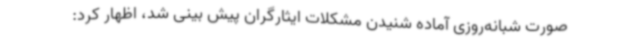
صورت شبانه‌روزی آماده شنیدن مشکلات ایثارگران پیش بینی شد، اظهار کرد: